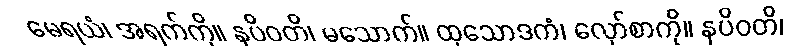
မေရယံ၊ အရက်ကို။ နပိဝတိ၊ မသောက်။ ထုသောဒကံ၊ လှော်စာကို။ နပိဝတိ၊